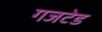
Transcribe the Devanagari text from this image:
गजटेड